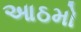
આઠમો